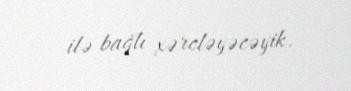
ilə bağlı xərcləyəcəyik.